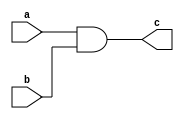
module AND_gate(
  input a,
  input b,
  output c
);

assign c = a & b;

endmodule